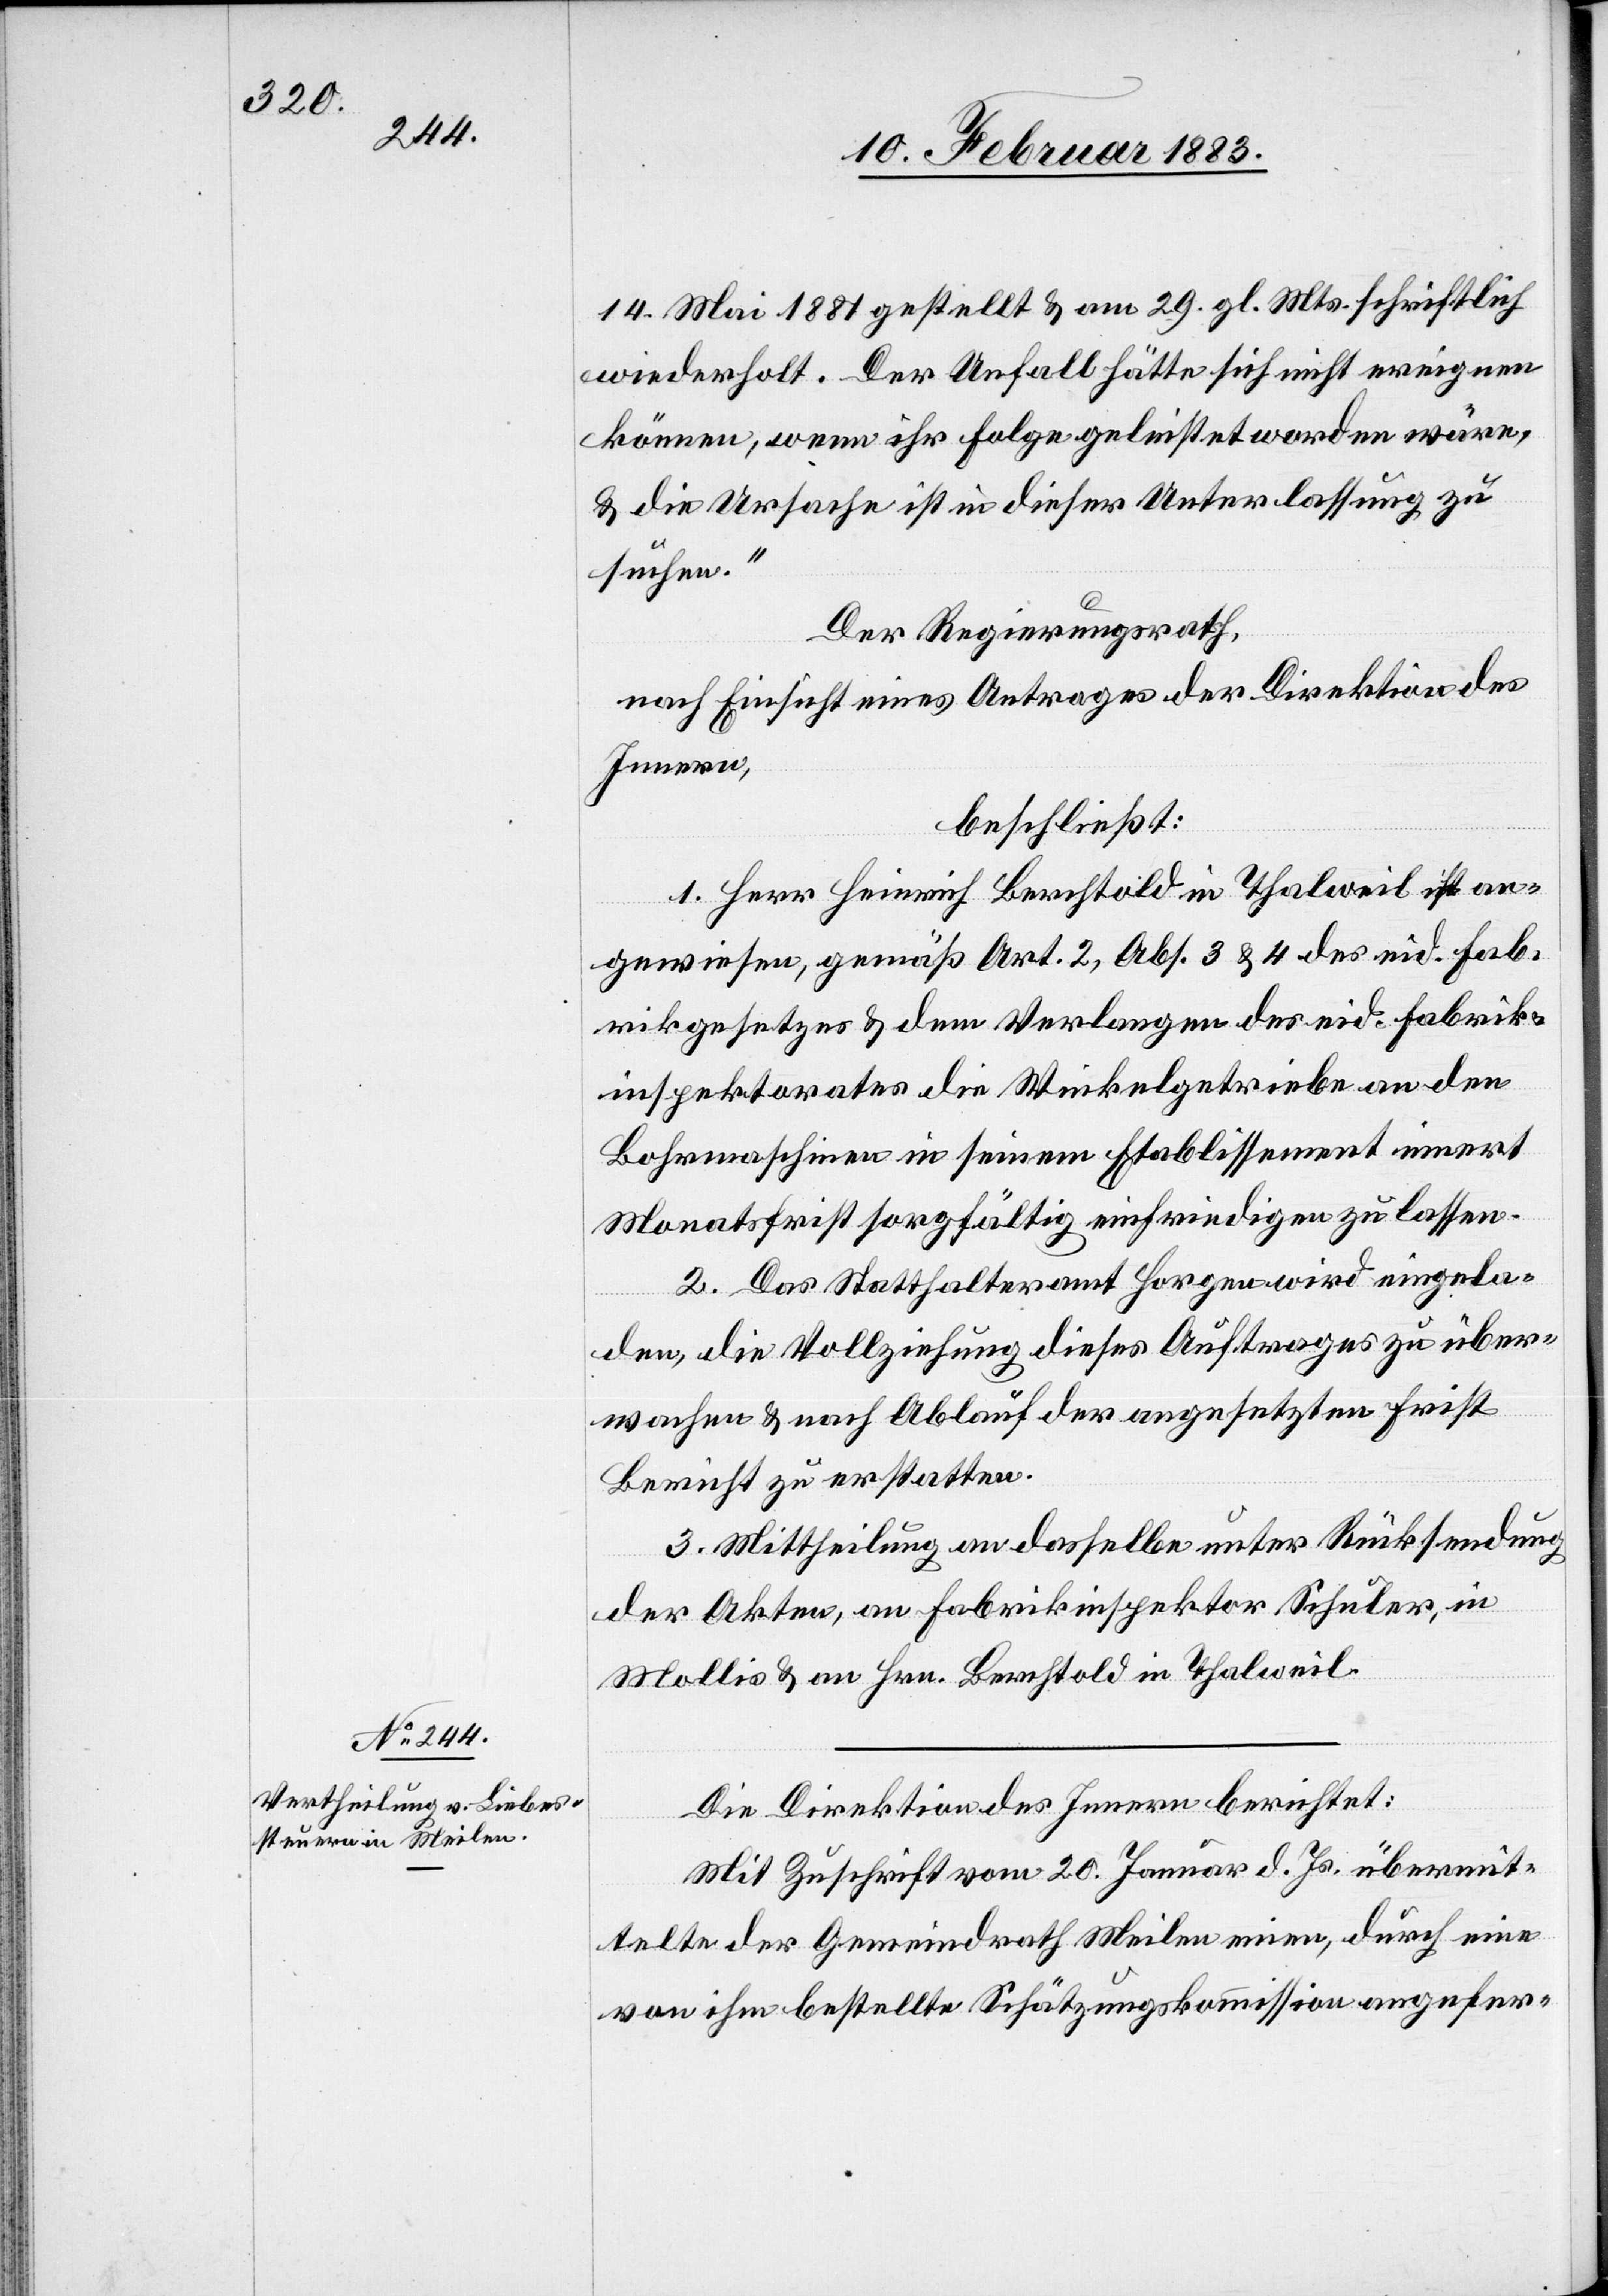
14. Mai 1881 gestellt & am 29. gl. Mts. schriftlich
wiederholt. Der Unfall hätte sich nicht ereignen
können, wenn ihr Folge geleistet worden wäre,
& die Ursache ist in dieser Unterlassung zu
suchen.“
Der Regierungsrath,
nach Einsicht eines Antrages der Direktion des
Innern,
beschließt:
1. Herr Heinrich Berchtold in Thalweil ist an¬
gewiesen, gemäß Art. 2, Abs. 3 & 4 des eid. Fab¬
rikgesetzes & dem Verlangen des eid. Fabrik¬
inspektorates die Winkelgetriebe an den
Bohrmaschinen in seinem Etablissement innert
Monatsfrist sorgfältig einfriedigen zu lassen.
2. Das Statthalteramt Horgen wird eingela¬
den, die Vollziehung dieses Auftrages zu über¬
wachen & nach Ablauf der angesetzten Frist
Bericht zu erstatten.
3. Mittheilung an dasselbe unter Rücksendung
der Akten, an Fabrikinspektor Schuler, in
Mollis & an Hrn. Berchtold in Thalweil.
Die Direktion des Innern berichtet:
Mit Zuschrift vom 20. Januar d. Js. übermit¬
telte der Gemeindrath Meilen einen, durch eine
von ihm bestellte Schätzungskommission angefer-